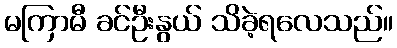
မကြာမီ ခင်ဦးနွယ် သိခဲ့ရလေသည်။